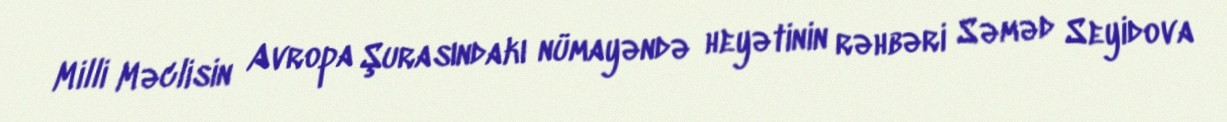
Milli Məclisin Avropa Şurasındakı nümayəndə heyətinin rəhbəri Səməd Seyidova